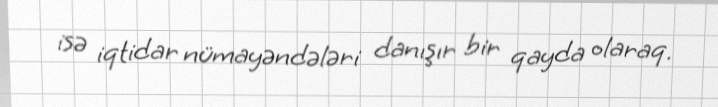
isə iqtidar nümayəndələri danışır bir qayda olaraq.